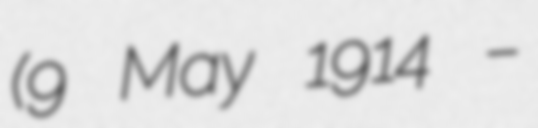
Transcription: (9 May 1914 –